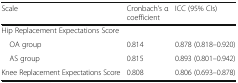
<table><thead><tr><td><b>Scale</b></td><td><b>Cronbach’s α coefficient</b></td><td><b>ICC (95% CIs)</b></td></tr></thead><tbody><tr><td colspan="3">Hip Replacement Expectations Score</td></tr><tr><td> OA group</td><td>0.814</td><td>0.878 (0.818–0.920)</td></tr><tr><td> AS group</td><td>0.815</td><td>0.893 (0.801–0.942)</td></tr><tr><td>Knee Replacement Expectations Score</td><td>0.808</td><td>0.806 (0.693–0.878)</td></tr></tbody></table>